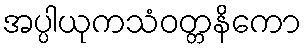
အပ္ပါယုကသံဝတ္တနိကော